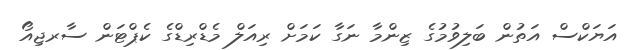
އަޔަކްސް އަތުން ބަލިވުމުގެ ޒިންމާ ނަގާ ކަމަށް ރިއަލް މެޑްރިޑްގެ ކެޕްޓަން ސާރޖިއޯ